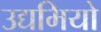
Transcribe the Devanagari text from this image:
उद्यमियो